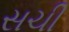
સચી